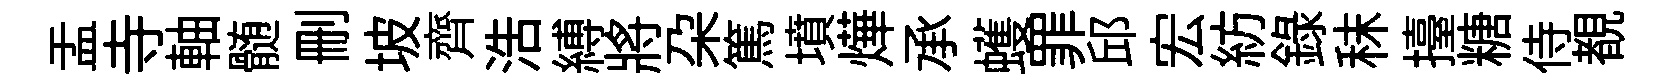
盂寺軸髄删坡齊浩縛將朶篤墳燁承蠖罪邱宏紡錄秣擡糖侍覩